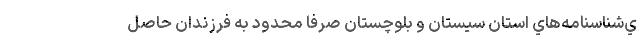
ي‌شناسنامه‌هاي استان سيستان و بلوچستان صرفا محدود به فرزندان حاصل